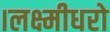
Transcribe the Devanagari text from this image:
।लक्ष्मीधरो